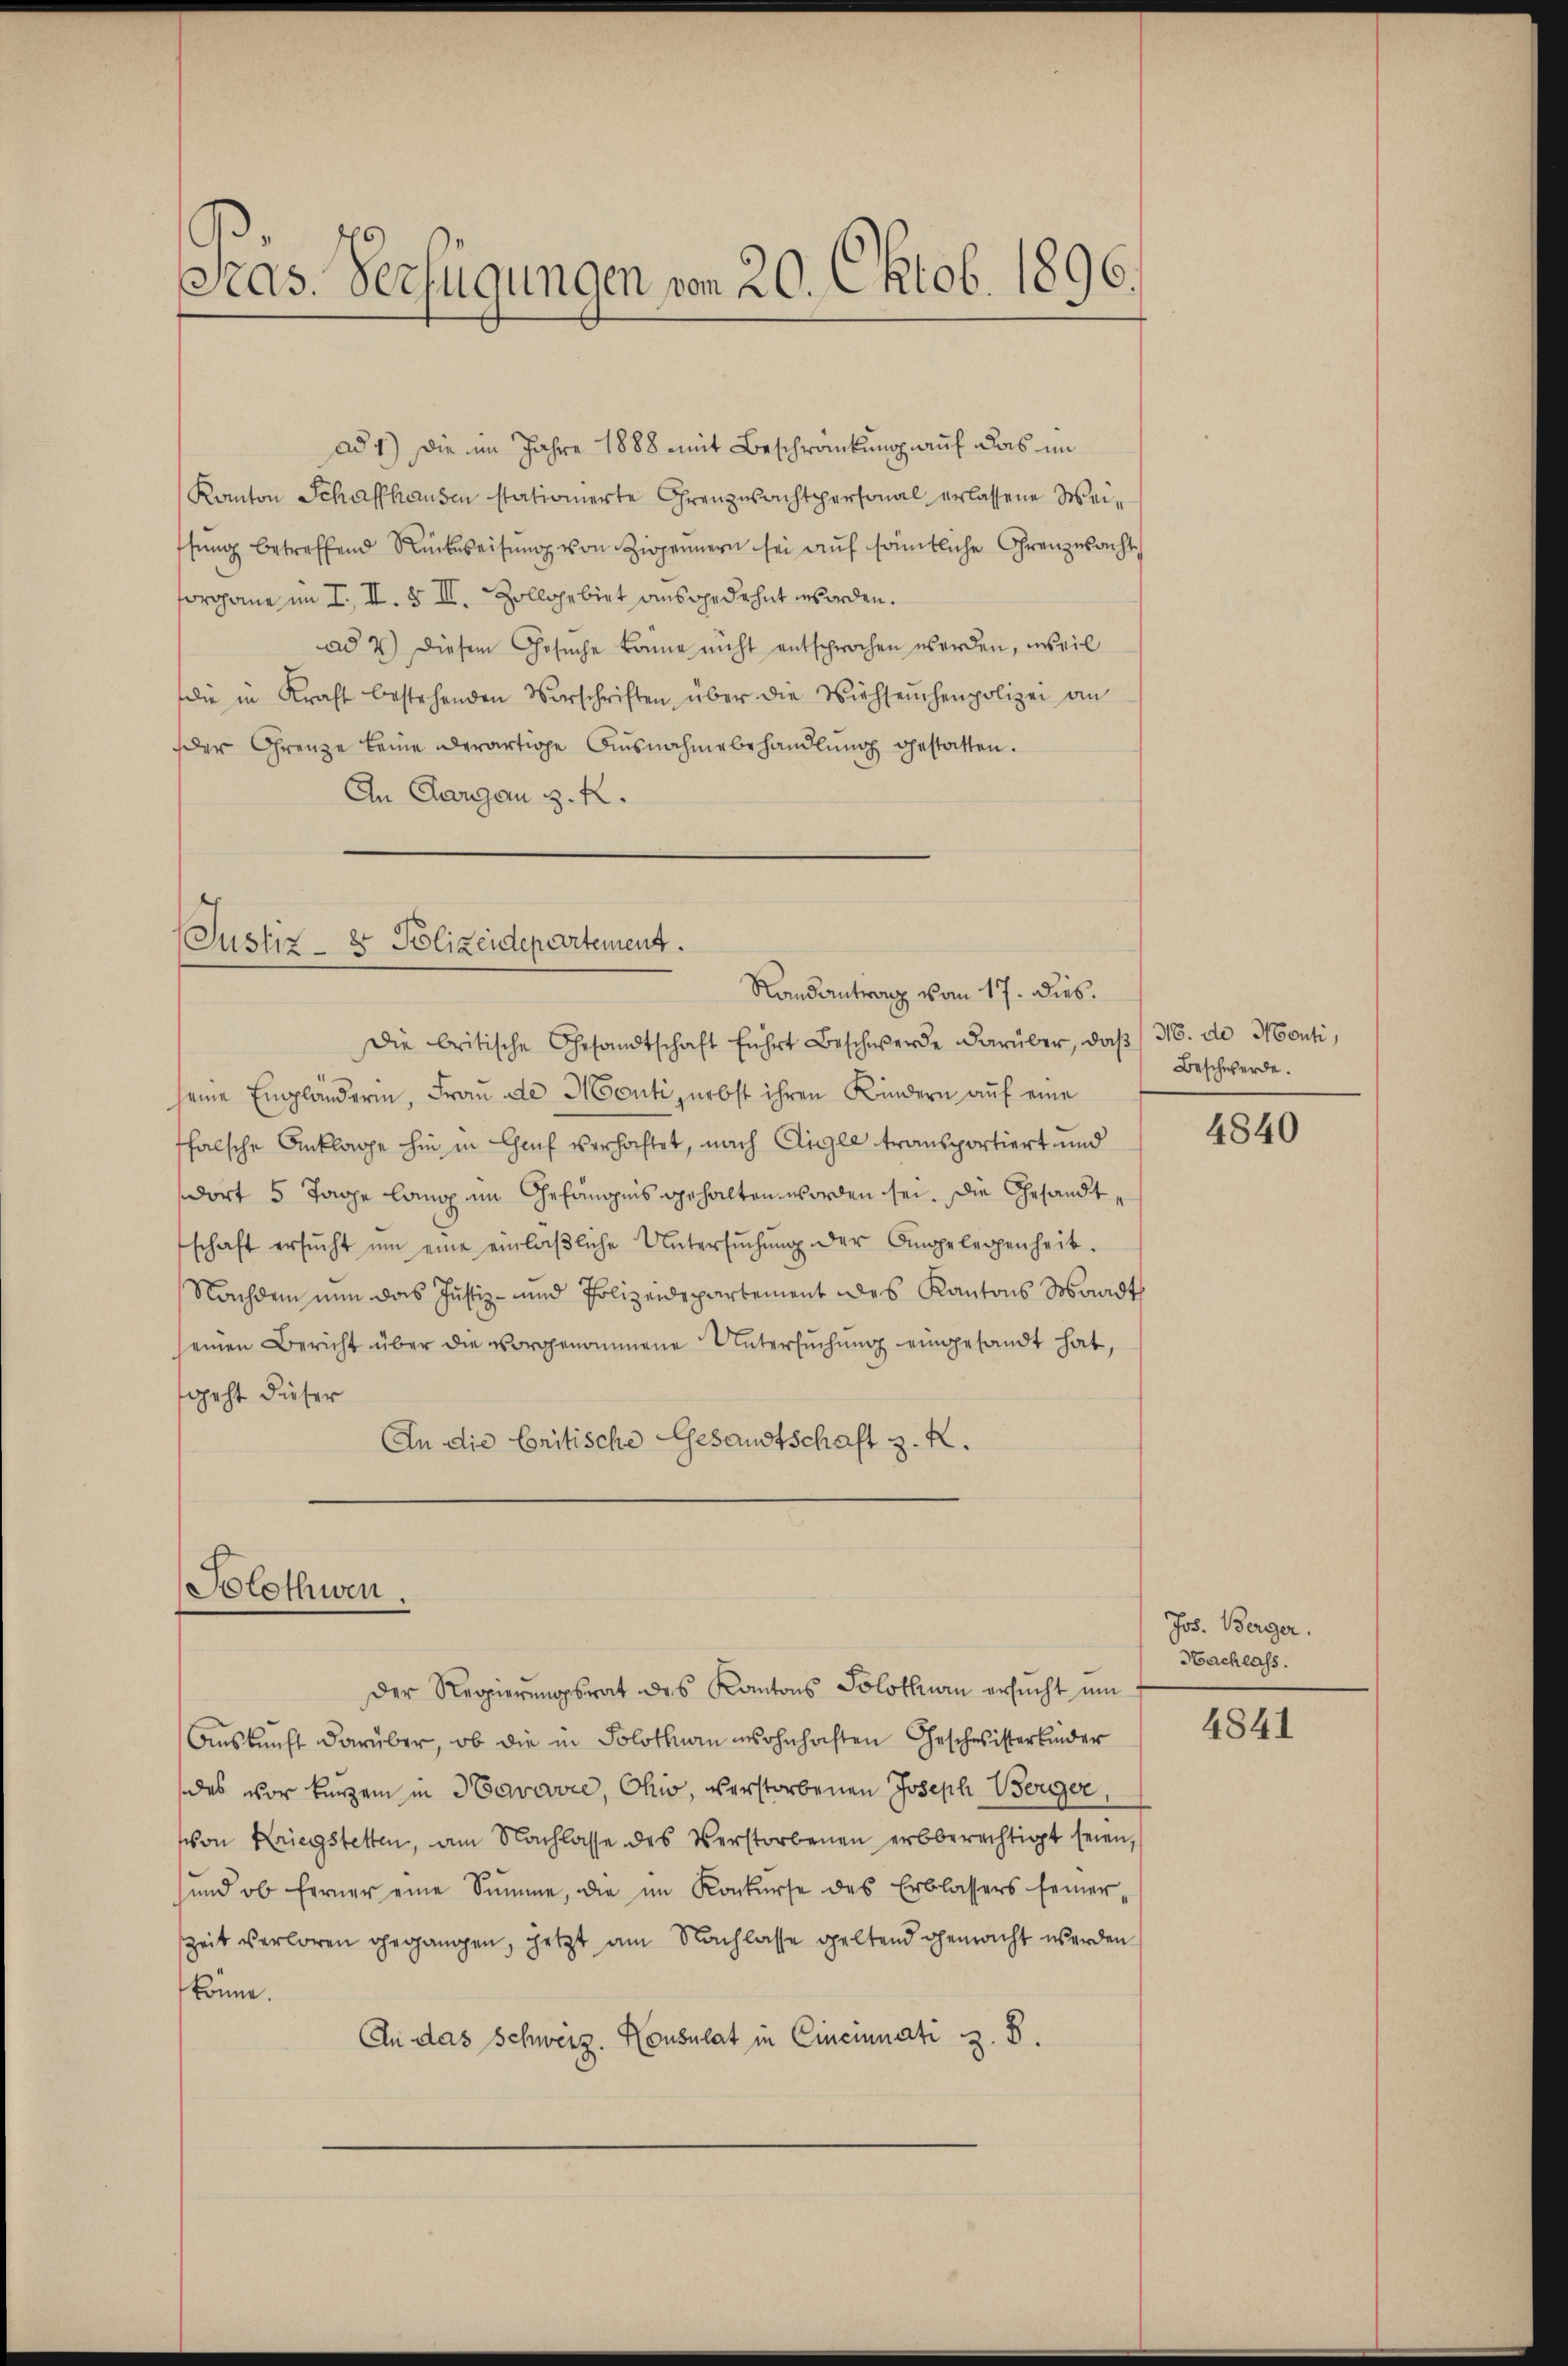
Sras. Verfügungen von 20. Oktob. 1896.

ad 1.) Die im Jahre 1888 mit Beschränkung auf das im
Kanton Schaffhausen stationierte Grenzwachtpersonal erlassene Weithŭng betreffend Rückweisŭng von Zippennern sei aŭf sämmtliche Grenzwacht
forgane im I. II. & II. Zollgebiet ausgedehnt worden.
ad 2) diesem Gesuche könne nicht entsprochen werden, weil
die in Kraft bestehenden Vorschriften über die Viehseuchenpolizei an
der Grenze keine derartige Ausnahme behandlung gestatten.
An Aargau z. R.

Justiz- & Polizeidepartement.
Randantrag vom 17. dies.

Solothwen

Die britische Gesandtschaft führt Beschwerde darüber, daβ 36. de Monti,
seine Empländerin, Frau de Monti erbst ihren Kindern auf eine
falsche Anklage hin in Genf verhaftet, nach Aigle transportiert und
dort 5 Tage lanop im Gefängnis gehalten worden sei. Die Gesandtschaft ersŭcht ŭm eine einläβliche Untersŭchŭng der Angelegenheit.
Nachdem nun das Justiz- und Polizeidepartement des Kantons Waadt
einen Bericht über die vorgenommene Untersŭchŭng eingesandt hat,
geht dieser
In die Critische Gesandtschaft z. K.

Der Regierŭngsrat des Kantons Solothurn ersŭcht ŭm
Aŭskŭnft darüber, ob die in Solothurn wohnhaften Geschwisterkinder
des vor kurzem in Havavie, Chio, verstorbenen Joseph Berger
von Kriegstetten, am Nachlasse des Verstorbenen erbberechtigt seien,
und ob ferner eine Summe, die im Konkŭrse des Erblassers feiner-
szeit verloren gegangen, jetzt am Nachlasse geltend gemacht werden
könne.
An das Schweiz. Konsulat in Cincinati z. B.

Beschwerde.

4840

Jos. Berger.
Nachlass.

4841